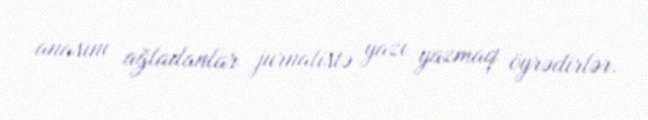
anasını ağladanlar jurnalistə yazı yazmaq öyrədirlər.